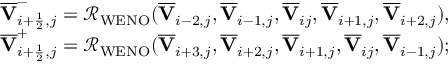
\begin{array} { r } { \overline { { \mathbf { V } } } _ { i + \frac { 1 } { 2 } , j } ^ { - } = \mathcal { R } _ { \mathrm { W E N O } } ( \overline { { \mathbf { V } } } _ { i - 2 , j } , \overline { { \mathbf { V } } } _ { i - 1 , j } , \overline { { \mathbf { V } } } _ { i j } , \overline { { \mathbf { V } } } _ { i + 1 , j } , \overline { { \mathbf { V } } } _ { i + 2 , j } ) , } \\ { \overline { { \mathbf { V } } } _ { i + \frac { 1 } { 2 } , j } ^ { + } = \mathcal { R } _ { \mathrm { W E N O } } ( \overline { { \mathbf { V } } } _ { i + 3 , j } , \overline { { \mathbf { V } } } _ { i + 2 , j } , \overline { { \mathbf { V } } } _ { i + 1 , j } , \overline { { \mathbf { V } } } _ { i j } , \overline { { \mathbf { V } } } _ { i - 1 , j } ) ; } \end{array}